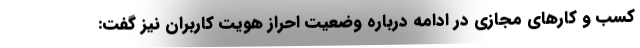
کسب و کارهای مجازی در ادامه درباره وضعیت احراز هویت کاربران نیز گفت: